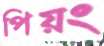
পিয়ং